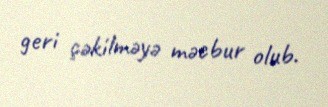
geri çəkilməyə məcbur olub.